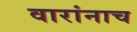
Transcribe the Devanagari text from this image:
वारांनाच